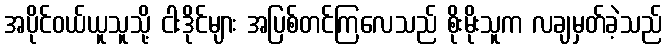
အပိုင်ဝယ်ယူသူသို့ ငါးဒိုင်များ အပြစ်တင်ကြလေသည် စိုးမိုးသူက လချမှတ်ခဲ့သည်